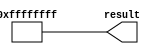
// megafunction wizard: %LPM_CONSTANT%
// GENERATION: STANDARD
// VERSION: WM1.0
// MODULE: lpm_constant 

// ============================================================
// Megafunction Name(s):
// 			lpm_constant
//
// Simulation Library Files(s):
// 			
// ============================================================
// ************************************************************
// THIS IS A WIZARD-GENERATED FILE. DO NOT EDIT THIS FILE!
//
// 9.0 Build 132 02/25/2009 SJ Web Edition
// ************************************************************


//Copyright (C) 1991-2009 Altera Corporation
//Your use of Altera Corporation's design tools, logic functions 
//and other software and tools, and its AMPP partner logic 
//functions, and any output files from any of the foregoing 
//(including device programming or simulation files), and any 
//associated documentation or information are expressly subject 
//to the terms and conditions of the Altera Program License 
//Subscription Agreement, Altera MegaCore Function License 
//Agreement, or other applicable license agreement, including, 
//without limitation, that your use is for the sole purpose of 
//programming logic devices manufactured by Altera and sold by 
//Altera or its authorized distributors.  Please refer to the 
//applicable agreement for further details.


//lpm_constant CBX_AUTO_BLACKBOX="ALL" ENABLE_RUNTIME_MOD="NO" LPM_CVALUE=FFFFFFFF LPM_WIDTH=32 result
//VERSION_BEGIN 9.0 cbx_lpm_constant 2008:10:27:14:59:22:SJ cbx_mgl 2009:01:29:16:12:07:SJ  VERSION_END
// synthesis VERILOG_INPUT_VERSION VERILOG_2001
// altera message_off 10463


//synthesis_resources = 
//synopsys translate_off
`timescale 1 ps / 1 ps
//synopsys translate_on
module  all_one_const_32_lpm_constant_be9
	( 
	result) ;
	output   [31:0]  result;


	assign
		result = {32{1'b1}};
endmodule //all_one_const_32_lpm_constant_be9
//VALID FILE


// synopsys translate_off
`timescale 1 ps / 1 ps
// synopsys translate_on
module all_one_const_32 (
	result);

	output	[31:0]  result;

	wire [31:0] sub_wire0;
	wire [31:0] result = sub_wire0[31:0];

	all_one_const_32_lpm_constant_be9	all_one_const_32_lpm_constant_be9_component (
				.result (sub_wire0));

endmodule

// ============================================================
// CNX file retrieval info
// ============================================================
// Retrieval info: PRIVATE: INTENDED_DEVICE_FAMILY STRING "Stratix II"
// Retrieval info: PRIVATE: JTAG_ENABLED NUMERIC "0"
// Retrieval info: PRIVATE: JTAG_ID STRING "NONE"
// Retrieval info: PRIVATE: Radix NUMERIC "2"
// Retrieval info: PRIVATE: SYNTH_WRAPPER_GEN_POSTFIX STRING "0"
// Retrieval info: PRIVATE: Value NUMERIC "4294967295"
// Retrieval info: PRIVATE: nBit NUMERIC "32"
// Retrieval info: CONSTANT: LPM_CVALUE NUMERIC "4294967295"
// Retrieval info: CONSTANT: LPM_HINT STRING "ENABLE_RUNTIME_MOD=NO"
// Retrieval info: CONSTANT: LPM_TYPE STRING "LPM_CONSTANT"
// Retrieval info: CONSTANT: LPM_WIDTH NUMERIC "32"
// Retrieval info: USED_PORT: result 0 0 32 0 OUTPUT NODEFVAL result[31..0]
// Retrieval info: CONNECT: result 0 0 32 0 @result 0 0 32 0
// Retrieval info: LIBRARY: lpm lpm.lpm_components.all
// Retrieval info: GEN_FILE: TYPE_NORMAL all_one_const_32.v TRUE
// Retrieval info: GEN_FILE: TYPE_NORMAL all_one_const_32.inc TRUE
// Retrieval info: GEN_FILE: TYPE_NORMAL all_one_const_32.cmp FALSE
// Retrieval info: GEN_FILE: TYPE_NORMAL all_one_const_32.bsf TRUE FALSE
// Retrieval info: GEN_FILE: TYPE_NORMAL all_one_const_32_inst.v FALSE
// Retrieval info: GEN_FILE: TYPE_NORMAL all_one_const_32_bb.v TRUE